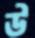
উ